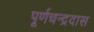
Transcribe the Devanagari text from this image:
पूर्णचन्द्रदास